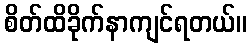
စိတ်ထိခိုက်နာကျင်ရတယ်။